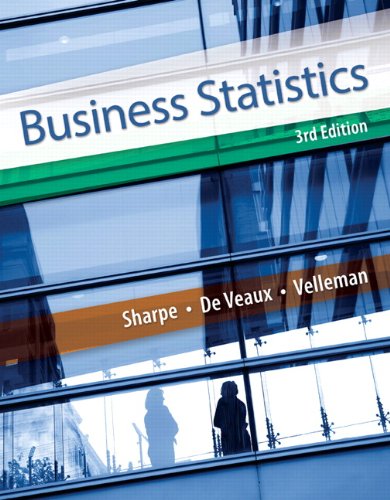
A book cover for Business Statistics (3rd Edition); Norean D. Sharpe; Business & Money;